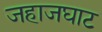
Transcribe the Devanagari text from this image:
जहाजघाट